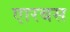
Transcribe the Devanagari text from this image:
एारबस